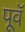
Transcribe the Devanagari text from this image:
पूवॅ